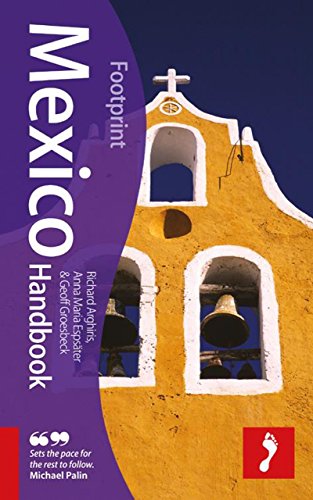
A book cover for Footprint Mexico Handbook, 2nd Edition; Richard Argihiris; Travel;